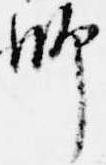
師